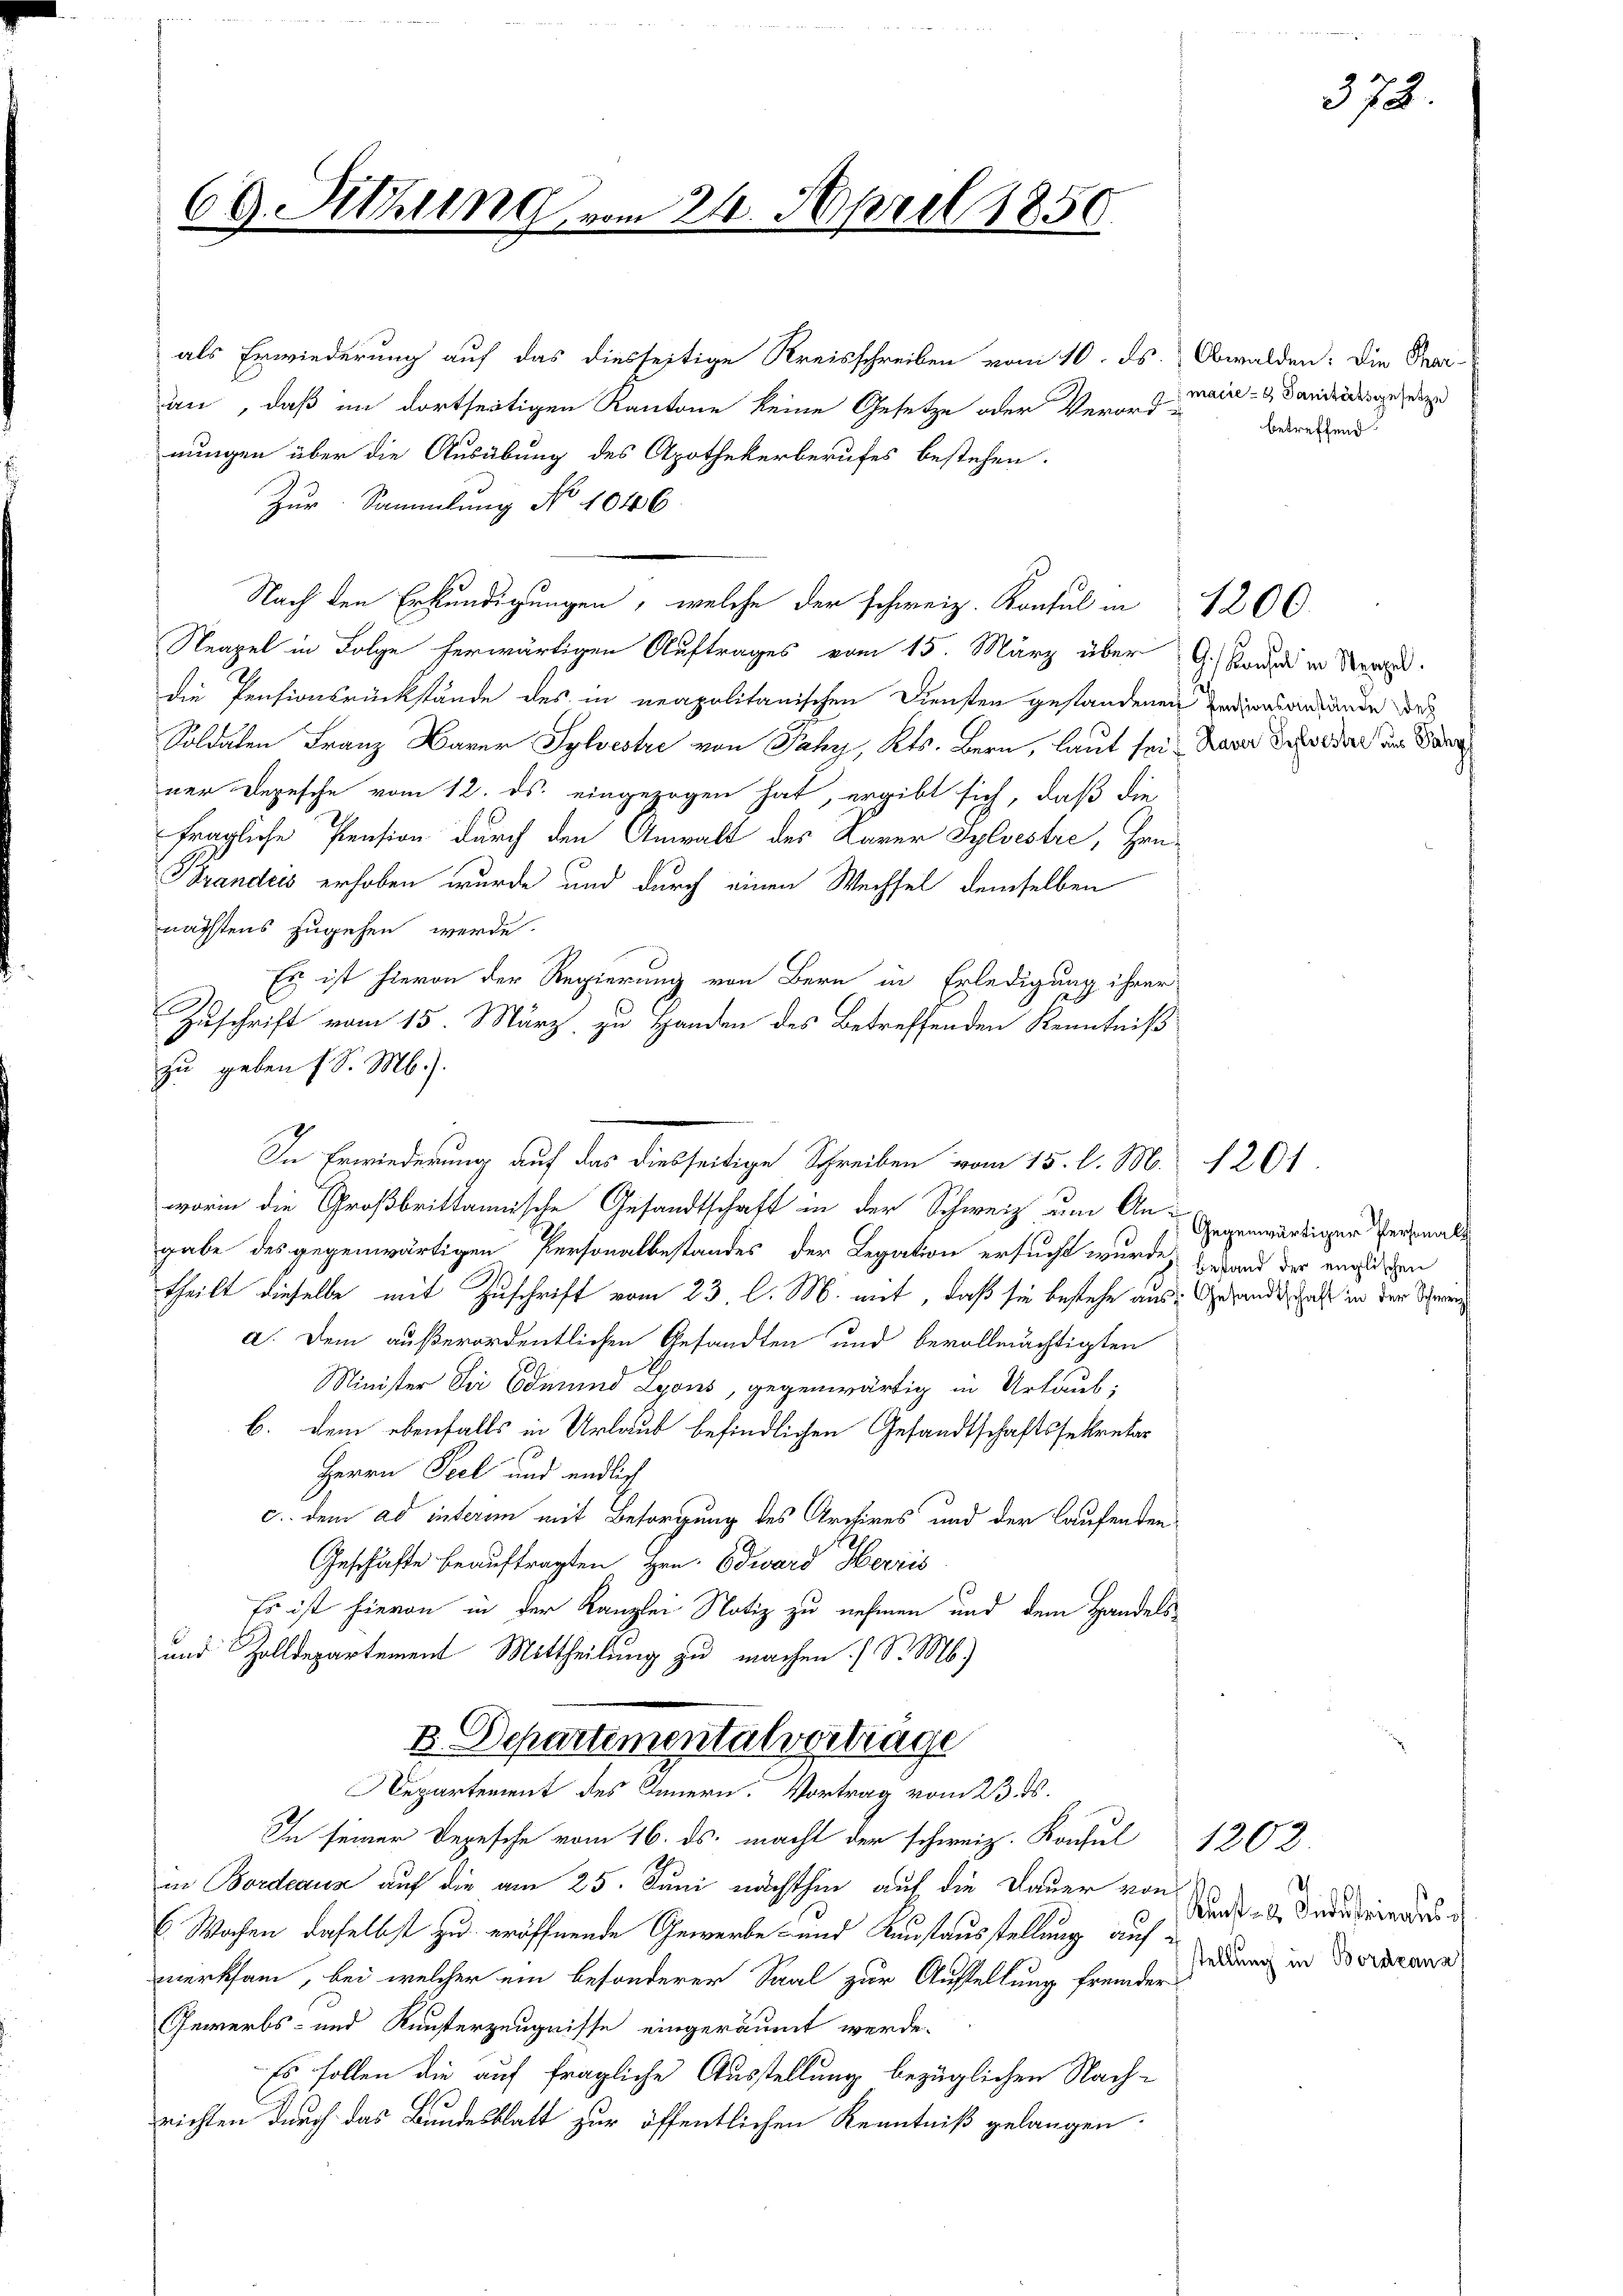
69. Sitzung vom 21. April 1850

als Erwiederung auf das diesseitige Kreisschreiben vom 10. ds. Obwalden: Die Paran, daß im dortseitigen Kantone keine Gesetze oder Verord-
nungen über die Ausübung des Apothekerberufes bestehen.
Zur Sammlung No 1046
Nach den Erkundigungen, welche der schweiz. Konsul in 1266
Neapel in Folge herwärtigen Auftrages vom 15. März über  G. Kandi in Stra
die Pensionsrückstände des in neapolitanischen Diensten gestandenen Radionsanlande das
Soldaten Franz Xaver Sylvestie von Jahr, Kts. Bern, laut sei. Sara des oder den Ber
ner Depesche vom 12. ds. eingezogen hat, ergibt sich, daß diefragliche Pension durch den Anwalt des Karer Sylvestre, Hrn.
Brandeis erhoben wurde und durch einen Wechsel demselben
nächstens zugehen werde.
Es ist hievon der Regierung von Bern in Erledigung ihrer
Zuschrift vom 15. März zu Handen des Betreffenden Kenntniß
zu geben (S. M.).
In Erwiederung auf das diesseitige Schreiben vom 15. l. M.
worin die Großbrittannische Gesandtschaft in der Schweiz um An- Gegenwärtiger Personals
gabe des gegenwärtigen Personalbestandes der Legation ersucht wurde, herand der englichen
theilt dieselbe mit Zuschrift vom 23. l. M. mit, daß sie bestehe aus Gesandtschaft in der Schwena. Dem außerordentlichen Gesandten und bevollmächtigten
Minister der Edmund Lyons, gegenwärtig in Urlaub,
b. dem ebenfalls in Urlaub befindlichen Gesandtschaftssekretär
Herrn Seel und endlich
c. dem ad interim mit Besorgung des Archires und der laufenden
Geschäfte beauftragten Hrn. Edward Herris
Es ist hievon in der Kanzlei Notiz zu nehmen und dem Handels¬
und Zolldepartement Mittheilung zu machen. (S. M.)
B. Departementalverträge
Departement des Innern. Vortrag vom 23. ds.
In seiner Depesche vom 16. ds. macht der schweiz. Konsul 1202
in Bordeaus auf die am 25. Juni nächsthin auf die Dauer von
6 Wochen daselbst zu eröffnende Gewerbe- und Kunstausstellung auf
merksam, bei welcher ein besonderer Saal zur Austellung fremder
Gewerbs- und Kunsterzeugnisse eingeräumt werde.
Es sollen die auf fragliche Ausstellung bezüglichen Nachrichten durch das Bundesblatt zur öffentlichen Kenntniß gelangen.

macie - Sanitätsgesetze
betreffend

1201

Konst u. Industriertes
stellung in Bordzana

373